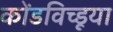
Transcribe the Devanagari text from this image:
कोंडविच्डूया